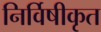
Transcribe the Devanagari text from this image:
निर्विषीकृत